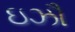
ઇઝૌ